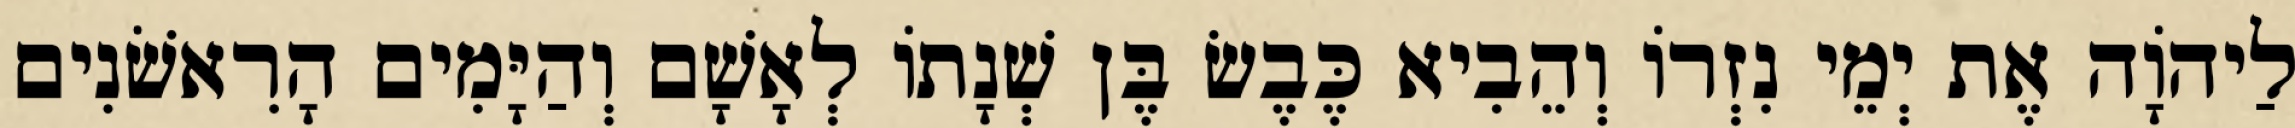
לַיהוָֹה אֶת יְמֵי נִזְרוֹ וְהֵבִיא כֶּבֶשׂ בֶּן שְׁנָתוֹ לְאָשָׁם וְהַיָּמִים הָרִאשֹׁנִים